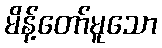
မိန့်တော်မူသော